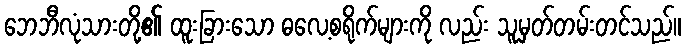
ဘေဘီလုံသားတို့၏ ထူးခြားသော ဓလေ့စရိုက်များကို လည်း သူမှတ်တမ်းတင်သည်။